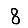
Digit: 8